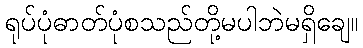
ရုပ်ပုံဓာတ်ပုံစသည်တို့မပါဘဲမရှိချေ။